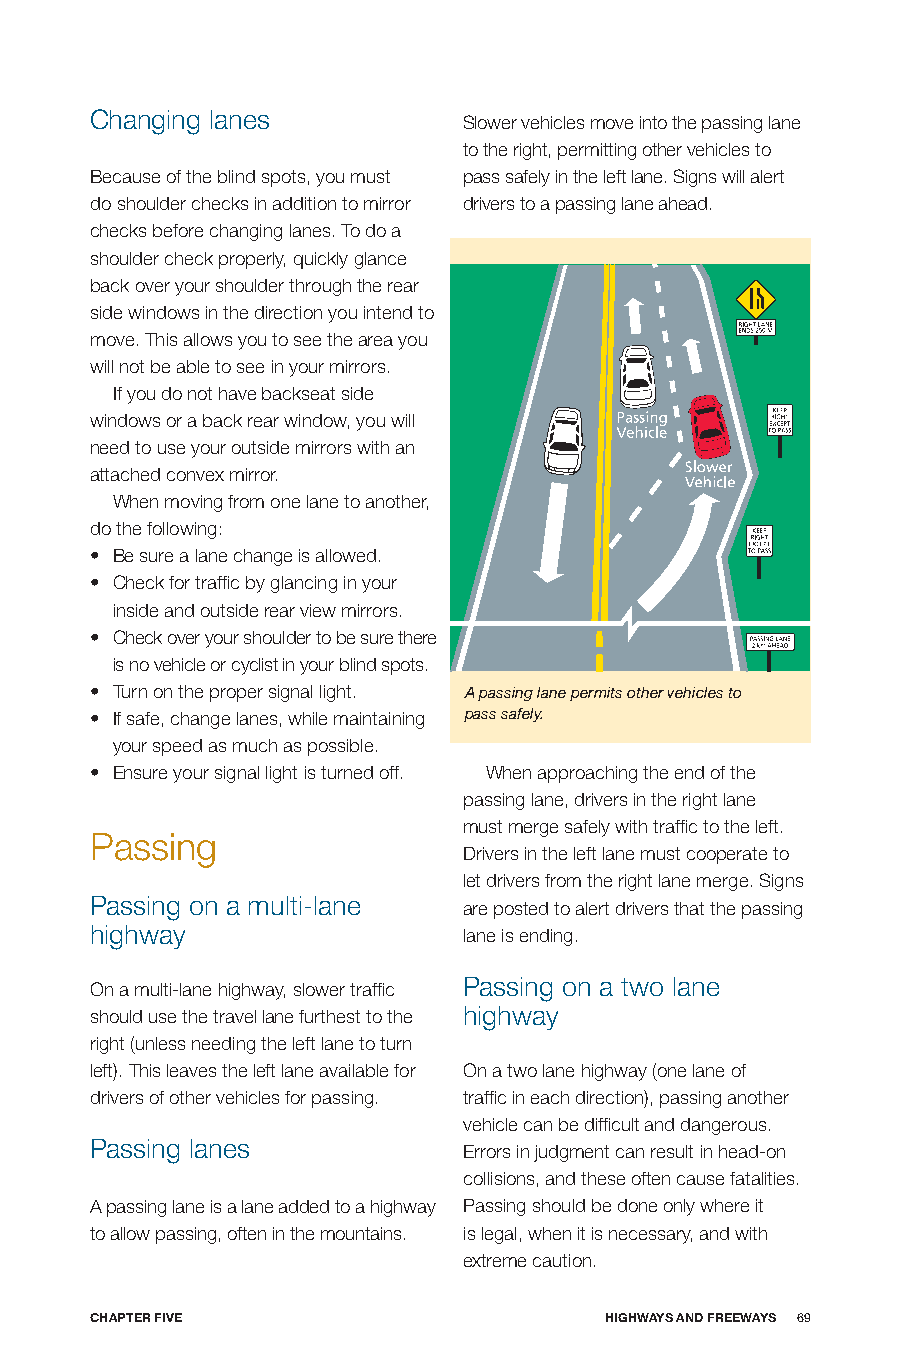
Changing lanes
 Slower vehicles move into the passing lane
 to the right, permitting other vehicles to
 Because of the blind spots, you must pass safely in the left lane. Signs will alert
 do shoulder checks in addition to mirror drivers to a passing lane ahead.
 checks before changing lanes. To do a
 shoulder check properly, quickly glance
 back over your shoulder through the rear
 side windows in the direction you intend to
 move. This allows you to see the area you
 will not be able to see in your mirrors.
 If you do not have backseat side
 windows or a back rear window, you will
 need to use your outside mirrors with an
 attached convex mirror.
 When moving from one lane to another,
 do the following:
 • Be sure a lane change is allowed.
 • Check for traffic by glancing in your
 inside and outside rear view mirrors.
 • Check over your shoulder to be sure there
 is no vehicle or cyclist in your blind spots.
 • Turn on the proper signal light. A passing lane permits other vehicles to
 • If safe, change lanes, while maintaining pass safely.
 your speed as much as possible.
 • Ensure your signal light is turned off. When approaching the end of the
 passing lane, drivers in the right lane
 must merge safely with traffic to the left.
 Passing
 Drivers in the left lane must cooperate to
 let drivers from the right lane merge. Signs
 Passing on a multi-lane
 are posted to alert drivers that the passing
 highway                  lane is ending.
 Passing on a two lane
 On a multi-lane highway, slower traffic
 should use the travel lane furthest to the highway
 right (unless needing the left lane to turn
 left). This leaves the left lane available for On a two lane highway (one lane of
 drivers of other vehicles for passing. traffic in each direction), passing another
 vehicle can be difficult and dangerous.
 Passing lanes
 Errors in judgment can result in head-on
 collisions, and these often cause fatalities.
 A passing lane is a lane added to a highway Passing should be done only where it
 to allow passing, often in the mountains. is legal, when it is necessary, and with
 extreme caution.
 CHApTER fIVE                      HIGHwAyS AnD fREEwAyS 69